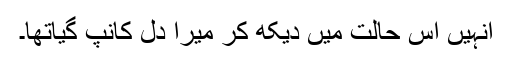
انہیں اس حالت میں دیکھ کر میرا دل کانپ گیاتھا۔